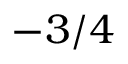
- 3 / 4